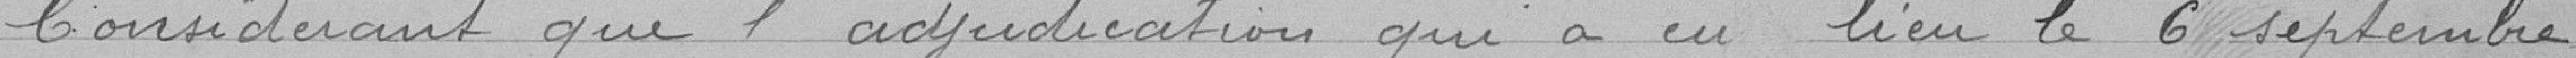
Considérant que l'adjudication qui a eu lieu le 6 septembre